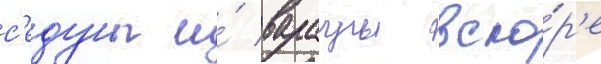
с'едуны и́ варагры вско́р'е